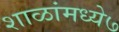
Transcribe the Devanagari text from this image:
शाळांमध्ये७